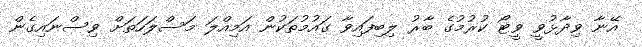
އޭނާ ވިދާޅުވީ ވީޓޯ ކުރުމުގެ ބާރު ލިބިފައިވާ ގައުމުތަކުން އަމިއްލަ މަސްލަހަތަށް ވިސްނައިގެން